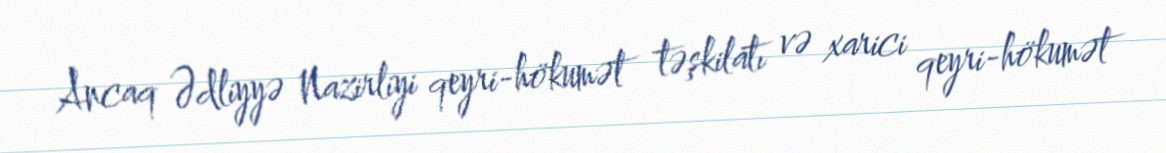
Ancaq Ədliyyə Nazirliyi qeyri-hökumət təşkilatı və xarici qeyri-hökumət